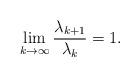
LaTeX: \begin{align*}\lim_{ k \rightarrow \infty } \frac{ \lambda_{k+1} }{ \lambda_k } = 1.\end{align*}